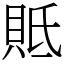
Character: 貾